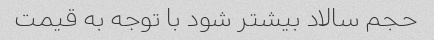
حجم سالاد بیشتر شود با توجه به قیمت